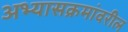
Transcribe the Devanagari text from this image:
अभ्यासक्रमांवरील